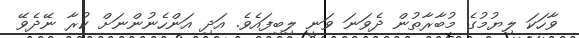
ވާހަކަ ލިޔުމުގެ މުބާރާތުން ދެވަނަ ވަނީ ލިބިފައެވެ. އަދި އަންހެނުންނަށް ކުރާ ނޭދެވޭ